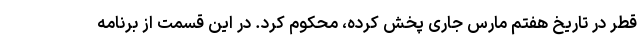
قطر در تاریخ هفتم مارس جاری پخش کرده، محکوم کرد. در این قسمت از برنامه